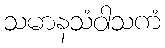
သမာနသံဝါသကံ